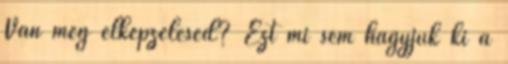
Van még elképzelésed? Ezt mi sem hagyjuk ki a